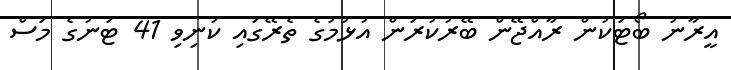
އީރާނު ބޯޓަކުން ރާއްޖޭން ބޭރުކުރަން އުޅުމުގެ ތެރޭގައި ކުނިވި 41 ޓަނުގެ މަސް